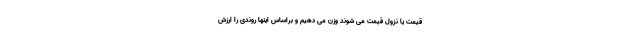
قیمت یا نزول قیمت می شوند وزن می دهیم و براساس اینها روندی را ارزش